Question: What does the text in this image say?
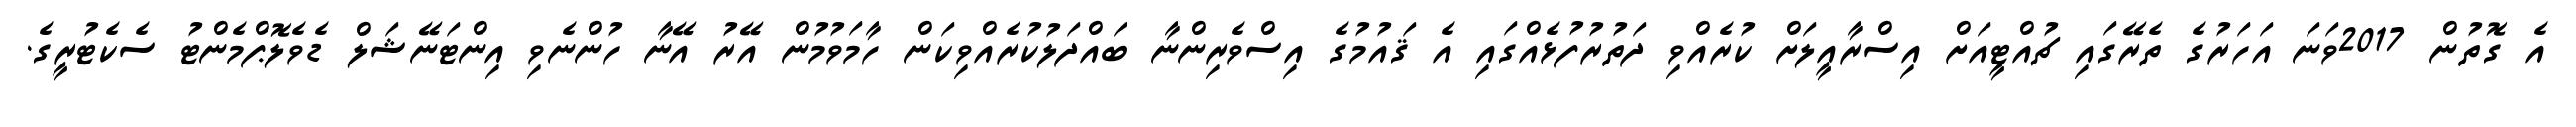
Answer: އެ ގޮތުން 2017ވަނަ އަހަރުގެ ތެރޭގައި ޗުއްޓީއަށް އިސްރާއީލަށް ކުރެއްވި ދަތުރުފުޅެއްގައި އެ ޤައުމުގެ އިސްވެރިންނާ ބައްދަލުކުރެއްވިކަން ހާމަވުމުން އޭރު އޭނާ ހުންނެވި އިންޓަނޭޝަލް ޑެވެލޮޕްމެންޓު ސެކެޓުރީގެ.